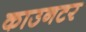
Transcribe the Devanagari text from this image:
काउनटर